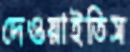
দেওয়াইতিস